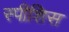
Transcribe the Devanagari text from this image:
स्पीशिस